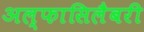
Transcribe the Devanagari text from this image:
अल्फासिलैबरी